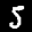
Label: 5